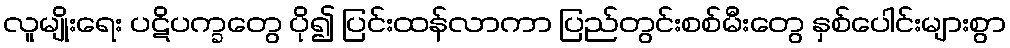
လူမျိုးရေး ပဋိပက္ခတွေ ပို၍ ပြင်းထန်လာကာ ပြည်တွင်းစစ်မီးတွေ နှစ်ပေါင်းများစွာ